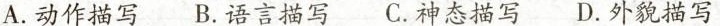
A.动作描写 B.语言描写 C.神态描写 D.外貌描写